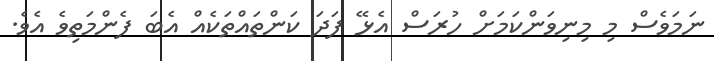
ނަމަވެސް މި މިނިވަންކަމަށް ހުރަސް އެޅޭ ފަދަ ކަންތައްތަކެއް އެބަ ފެންމަތިވެ އެވެ.